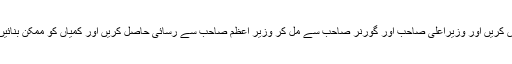
وزیر اعلیٰ صاحب کے دائرہ اختیار سے بھی مفاد حاصل کرنے کی کوشش کریں اور وزیراعلیٰ صاحب اور گورنر صاحب سے مل کر وزیر اعظم صاحب سے رسائی حاصل کریں اور کمیاں کو ممکن بنائیں جس سے پوری عوام کا فائدہ ہوگا اور روزگار کے زیادہ مواقع ملیں گے۔